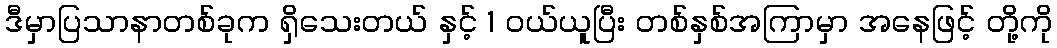
ဒီမှာပြသာနာတစ်ခုက ရှိသေးတယ် နှင့် 1 ဝယ်ယူပြီး တစ်နှစ်အကြာမှာ အနေဖြင့် တို့ကို